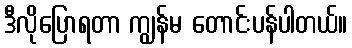
ဒီလိုပြောရတာ ကျွန်မ တောင်းပန်ပါတယ်။